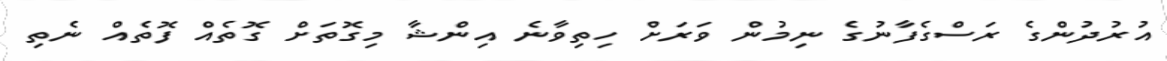
އުރުދުންގެ ރަސްގެފާނުގެ ނިމުން ވަރަށް ހިތިވާނެ އިންޝާ މިގޮތަށް ގޮތެއް ފޮތެއް ނެތި